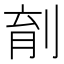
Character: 𪟆